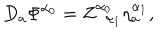
D _ { a } \Phi ^ { \alpha _ { 0 } } = Z _ { \; \; \alpha _ { 1 } } ^ { \alpha _ { 0 } } \eta _ { a } ^ { \alpha _ { 1 } } ,